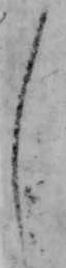
し